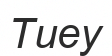
Тиеу